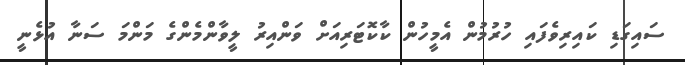
ސައިގަޑި ކައިރިވެފައި ހުރުމުން އެމީހުން ކާކޮޓަރިއަށް ވަންއިރު ލީވާންމެންގެ މަންމަ ސަނާ އުޅެނީ